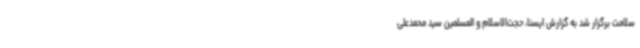
سلامت برگزار شد به گزارش ایسنا، حجت‌الاسلام و المسلمین سید محمدعلی